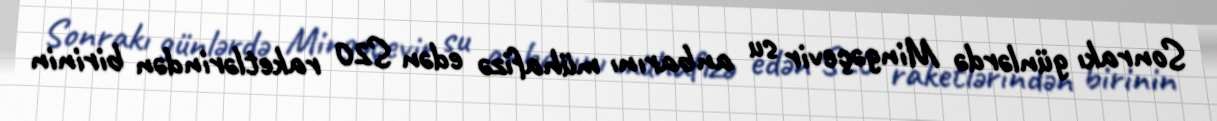
Sonrakı günlərdə Mingəçevir su anbarını mühafizə edən S20 raketlərindən birinin